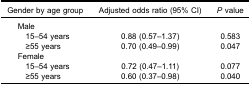
<table><thead><tr><td><b>Gender by age group</b></td><td><b>Adjusted odds ratio (95% CI)</b></td><td><b><i>P</i> value</b></td></tr></thead><tbody><tr><td>Male</td><td> </td><td> </td></tr><tr><td> 15–54 years</td><td>0.88 (0.57–1.37)</td><td>0.583</td></tr><tr><td> ≥55 years</td><td>0.70 (0.49–0.99)</td><td>0.047</td></tr><tr><td>Female</td><td> </td><td> </td></tr><tr><td> 15–54 years</td><td>0.72 (0.47–1.11)</td><td>0.077</td></tr><tr><td> ≥55 years</td><td>0.60 (0.37–0.98)</td><td>0.040</td></tr></tbody></table>